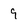
Character: 9